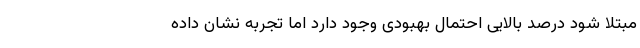
مبتلا شود درصد بالایی احتمال بهبودی وجود دارد اما تجربه نشان داده